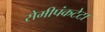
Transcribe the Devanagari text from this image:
सेमीपंकटेटा